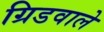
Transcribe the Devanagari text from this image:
ग्रिडवाले